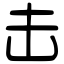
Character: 击